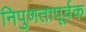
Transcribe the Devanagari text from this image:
निपुणतापूर्वक